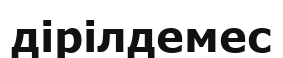
дірілдемес